Problem: 14 + 28 = ?
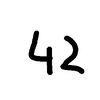
Handwritten answer: 42